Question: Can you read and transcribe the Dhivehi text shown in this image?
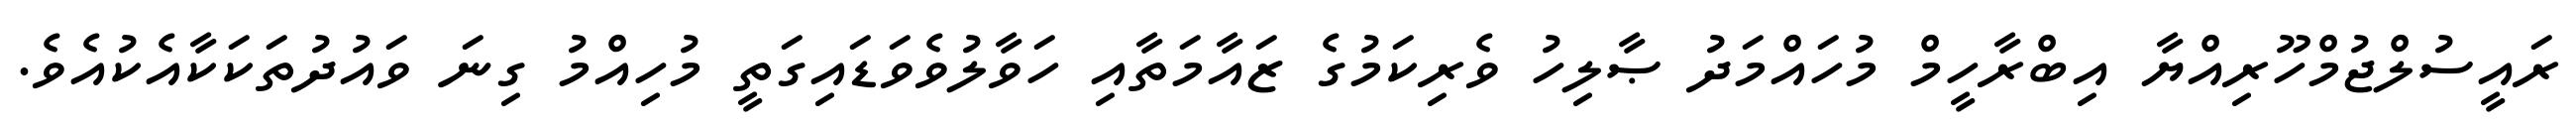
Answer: ރައީސުލްޖުމްހޫރިއްޔާ އިބްރާހީމް މުހައްމަދު ޞާލިހު ވެރިކަމުގެ ޒައާމަތާއި ހަވާލުވެވަޑައިގަތީ މުހިއްމު ގިނަ ވައުދުތަކަކާއެކުއެވެ.